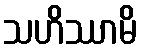
သဟိဿာမိ